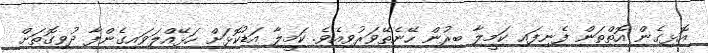
އޮޅިގެން އޮތްތަން ފެނިފައި ކަމީލާ ބިރުން ހޭނެތޭވަރުވިއެވެ. ކަމީލާ އަޑުކޮޅަށް ހަޅޭއްލަވައިގެންފާ ދުވިގޮތަށް